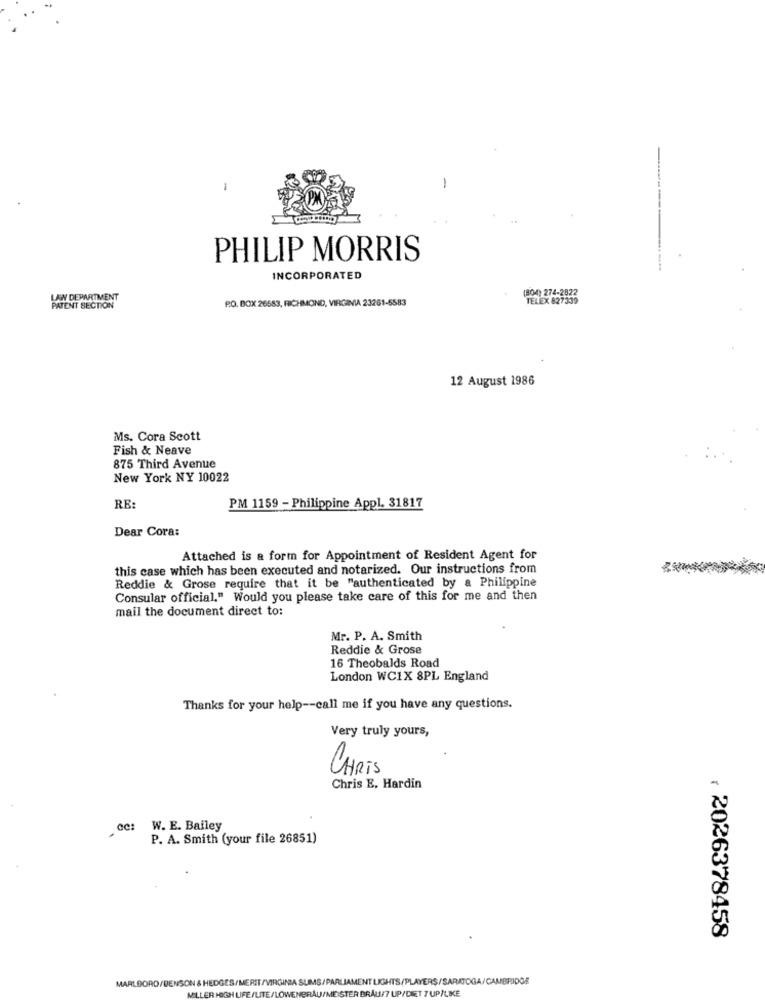
PHILIP MORRIS
INCORPORATED
(804) 274-2822
LAW DEPARTMENT
P.O. BOX 26583, RICHMOND, VIRGINIA 23261-6583
TELEX 827339
PATENT SECTION
12 August 1986
Ms. Cora Scott
Fish & Neave
875 Third Avenue
New York NY 10022
RE:
PM 1159 - Philippine Appl. 31817
Dear Cora:
Attached is a form for Appointment of Resident Agent for
this case which has been executed and notarized. Our instructions from
Reddie & Grose require that it be "authenticated by a Philippine
Consular official." Would you please take care of this for me and then
mail the document direct to:
Mr. P. A. Smith
Reddie & Grose
16 Theobalds Road
London WC1X 8PL England
Thanks for your help -- call me if you have any questions.
Very truly yours,
CHRIS
Chris E. Hardin
cc:
W. E. Bailey
P. A. Smith (your file 26851)
: 2026378458
MARLBORO/BENSON & HEDGES/MERIT /VIRGINIA SLIMS
IT LIGHTS/PLAYERS/SARATOGA/CAMBRIDGE
STER BR
/DIET 7 UP/LIKE
LITE/LOWE